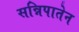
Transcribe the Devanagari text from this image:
सन्निपातेन